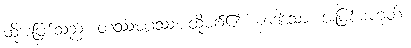
ထိုအပြစ်သည်။ တဿမဂ္ဂဿ၊ ထိုမဂ်၏။ နဒေါသော၊ အပြစ်မဟုတ်။